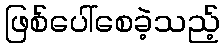
ဖြစ်ပေါ်စေခဲ့သည့်